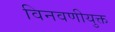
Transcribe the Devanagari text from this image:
विनवणीयुक्त